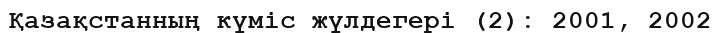
Қазақстанның күміс жүлдегері (2): 2001, 2002